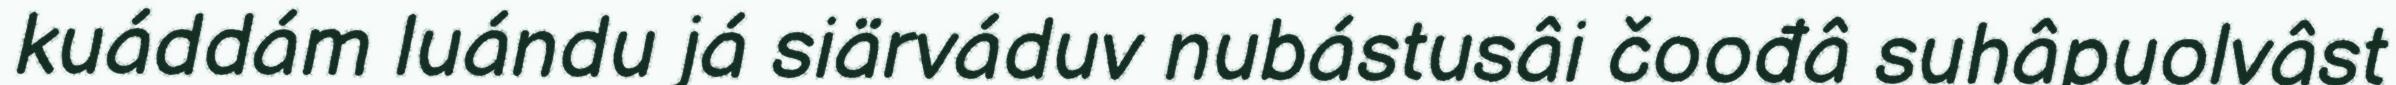
kuáddám luándu já siärváduv nubástusâi čoođâ suhâpuolvâst